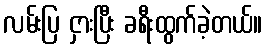
လမ်းပြ ငှားပြီး ခရီးထွက်ခဲ့တယ်။